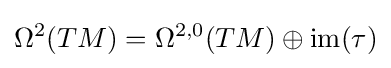
\Omega ^{2}(TM)=\Omega ^{2,0}(TM)\oplus \mathrm {im} (\tau )